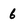
Character: 6